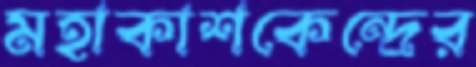
মহাকাশকেন্দ্রের